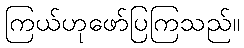
ကြယ်ဟုဖော်ပြကြသည်။